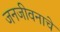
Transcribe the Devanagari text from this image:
जनजीवनाचे